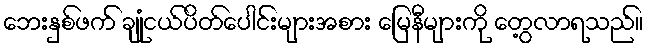
ဘေးနှစ်ဖက် ချုံငယ်ပိတ်ပေါင်းများအစား မြေနီများကို တွေ့လာရသည်။